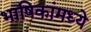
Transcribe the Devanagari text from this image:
भाषिकांमध्ये